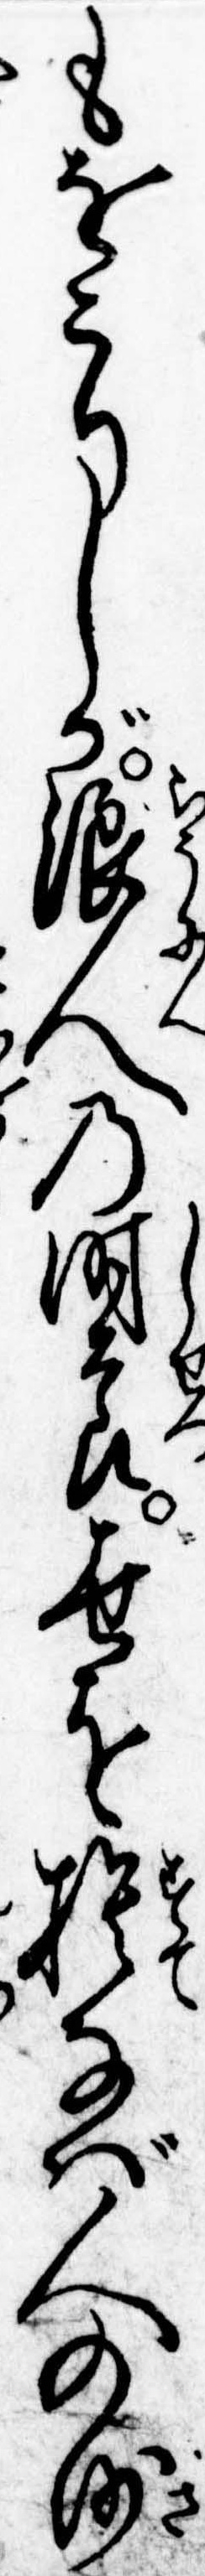
もをこりしが浪人の時節世を捨なば人の沙